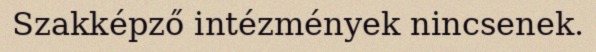
Szakképző intézmények nincsenek.